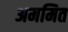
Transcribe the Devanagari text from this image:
अममित